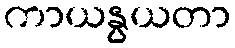
ကာယနွယတာ